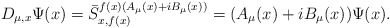
\begin{align*}D_{\mu,x}\Psi(x)=\bar{S}^{f(x)(A_{\mu}(x) +iB_{\mu}(x))}_{x,f(x)}=(A_{\mu}(x)+iB_{\mu}(x))\Psi(x).\end{align*}